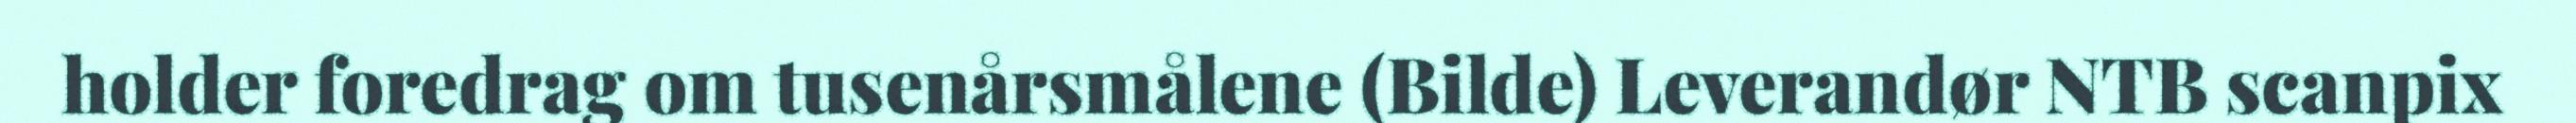
holder foredrag om tusenårsmålene (Bilde) Leverandør NTB scanpix